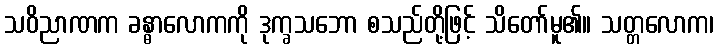
သဝိညာဏက ခန္ဓာလောကကို ဒုက္ခသဘော စသည်တို့ဖြင့် သိတော်မူ၏။ သတ္တလောက၊